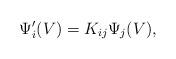
LaTeX: \begin{align*}\Psi '_i(V) = K_{ij}{\Psi}_j(V) , \end{align*}